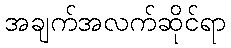
အချက်အလက်ဆိုင်ရာ